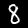
Digit: 8